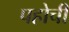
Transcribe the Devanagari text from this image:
पहोची